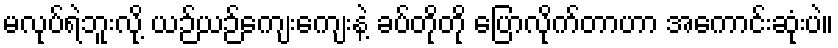
မလုပ်ရဲဘူးလို့ ယဉ်ယဉ်ကျေးကျေးနဲ့ ခပ်တိုတို ပြောလိုက်တာဟာ အကောင်းဆုံးပဲ။